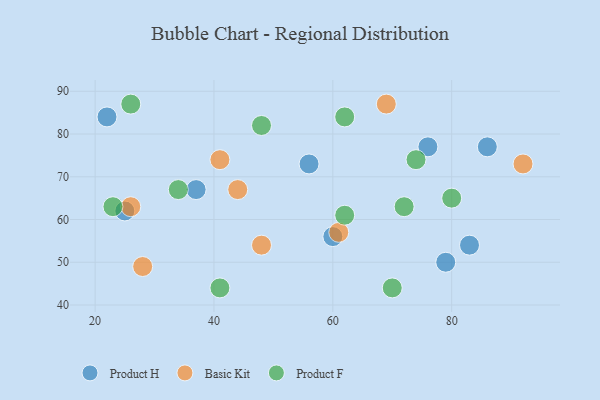
{"axis": {"x": "GDP", "y": "Life Expectancy"}, "legend": ["Basic Kit", "Product F", "Product H"], "data": [{"x": "37", "y": 67, "type": "Product H"}, {"x": "56", "y": 73, "type": "Product H"}, {"x": "22", "y": 84, "type": "Product H"}, {"x": "76", "y": 77, "type": "Product H"}, {"x": "83", "y": 54, "type": "Product H"}, {"x": "25", "y": 62, "type": "Product H"}, {"x": "79", "y": 50, "type": "Product H"}, {"x": "86", "y": 77, "type": "Product H"}, {"x": "60", "y": 56, "type": "Product H"}, {"x": "28", "y": 49, "type": "Basic Kit"}, {"x": "61", "y": 57, "type": "Basic Kit"}, {"x": "69", "y": 87, "type": "Basic Kit"}, {"x": "92", "y": 73, "type": "Basic Kit"}, {"x": "26", "y": 63, "type": "Basic Kit"}, {"x": "48", "y": 54, "type": "Basic Kit"}, {"x": "44", "y": 67, "type": "Basic Kit"}, {"x": "41", "y": 74, "type": "Basic Kit"}, {"x": "26", "y": 87, "type": "Product F"}, {"x": "72", "y": 63, "type": "Product F"}, {"x": "48", "y": 82, "type": "Product F"}, {"x": "62", "y": 61, "type": "Product F"}, {"x": "34", "y": 67, "type": "Product F"}, {"x": "80", "y": 65, "type": "Product F"}, {"x": "23", "y": 63, "type": "Product F"}, {"x": "74", "y": 74, "type": "Product F"}, {"x": "62", "y": 84, "type": "Product F"}, {"x": "70", "y": 44, "type": "Product F"}, {"x": "41", "y": 44, "type": "Product F"}]}